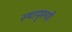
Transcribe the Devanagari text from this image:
स्थायुरूपी